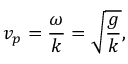
v _ { p } = { \frac { \omega } { k } } = { \sqrt { \frac { g } { k } } } ,